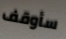
سأوقف